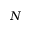
N